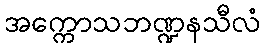
အက္ကောသဘဏ္ဍနသီလံ